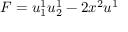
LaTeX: F = u _ { 1 } ^ { 1 } u _ { 2 } ^ { 1 } - 2 x ^ { 2 } u ^ { 1 }